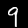
Digit: 9